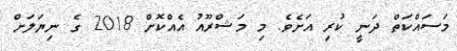
މަސައްކަތް ދަނީ ކުރި އަށެވެ. މި މަޝްރޫއު އެއްކޮށް 2018 ގެ ނިޔަލަށް